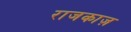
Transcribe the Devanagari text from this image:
राजकाज़